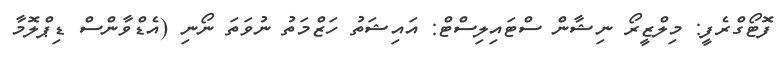
ފޮޓޯގްރެފީ: މިލްޒީރޯ ނިޝާން ސްޓައިލިސްޓް: އައިޝަތު ހަޒްމަތު ނުވަތަ ނޯނި (އެޑްވާންސް ޑިޕްލޮމާ